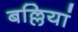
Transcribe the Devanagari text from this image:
बल्लियां